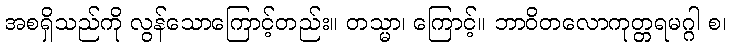
အစရှိသည်ကို လွန်သောကြောင့်တည်း။ တသ္မာ၊ ကြောင့်။ ဘာဝိတလောကုတ္တရမဂ္ဂါ စ၊